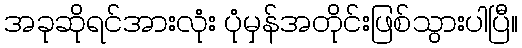
အခုဆိုရင်အားလုံး ပုံမှန်အတိုင်းဖြစ်သွားပါပြီ။